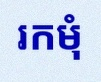
រកមុំ